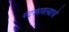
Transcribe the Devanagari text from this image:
पटकावल्याचे